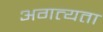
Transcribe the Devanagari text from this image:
अगत्यता